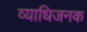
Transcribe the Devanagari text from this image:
व्‍याधिजनक